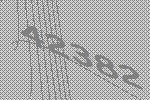
42382